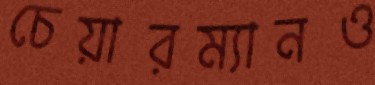
চেয়ারম্যানও